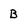
Character: B